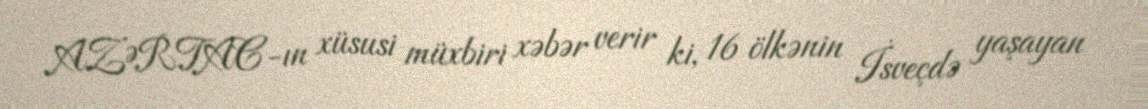
AZƏRTAC-ın xüsusi müxbiri xəbər verir ki, 16 ölkənin İsveçdə yaşayan